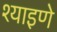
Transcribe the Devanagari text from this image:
श्याइणे